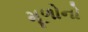
મૂળોનો